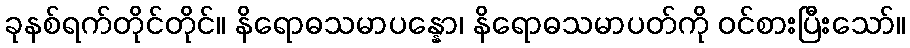
ခုနစ်ရက်တိုင်တိုင်။ နိရောဓသမာပန္နော၊ နိရောဓသမာပတ်ကို ဝင်စားပြီးသော်။